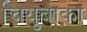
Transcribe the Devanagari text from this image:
चियुबाका